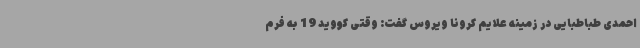
احمدی طباطبایی در زمینه علایم کرونا ویروس گفت: وقتی کووید 19 به فرم